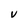
Character: V